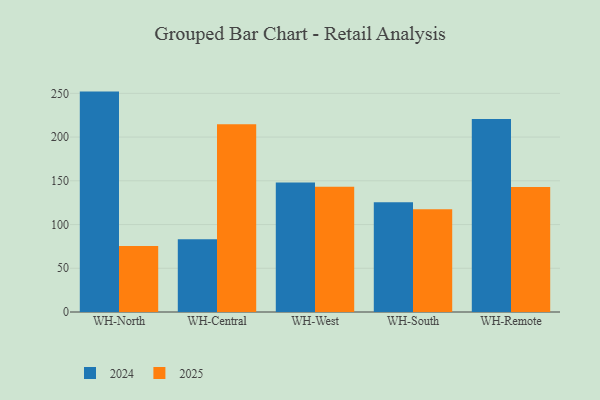
{"axis": {"x": "Warehouse", "y": "Population (Million)"}, "legend": ["2024", "2025"], "data": [{"x": "WH-North", "y": 75.5, "type": "2025"}, {"x": "WH-North", "y": 252.0, "type": "2024"}, {"x": "WH-Central", "y": 214.6, "type": "2025"}, {"x": "WH-Central", "y": 83.1, "type": "2024"}, {"x": "WH-West", "y": 143.3, "type": "2025"}, {"x": "WH-West", "y": 148.2, "type": "2024"}, {"x": "WH-South", "y": 117.5, "type": "2025"}, {"x": "WH-South", "y": 125.5, "type": "2024"}, {"x": "WH-Remote", "y": 142.8, "type": "2025"}, {"x": "WH-Remote", "y": 220.7, "type": "2024"}]}